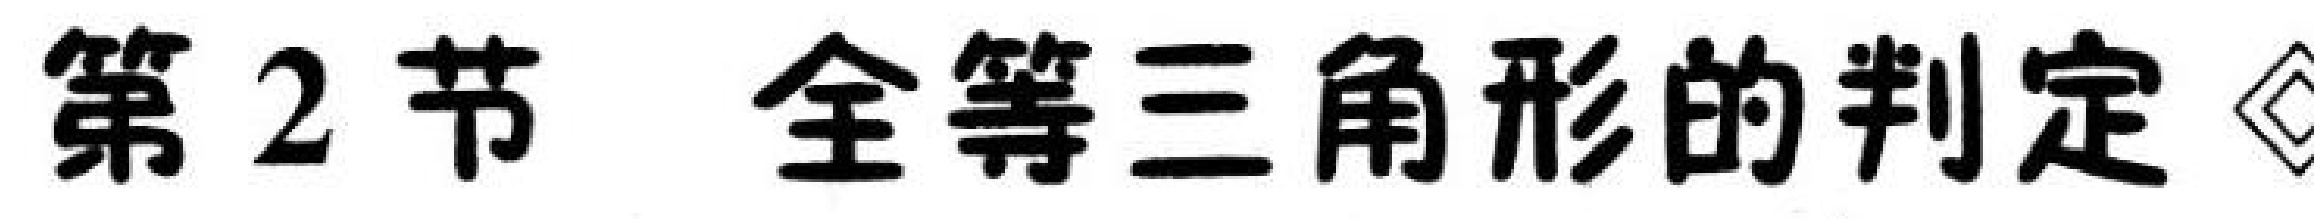
第2节 全等三角形的判定